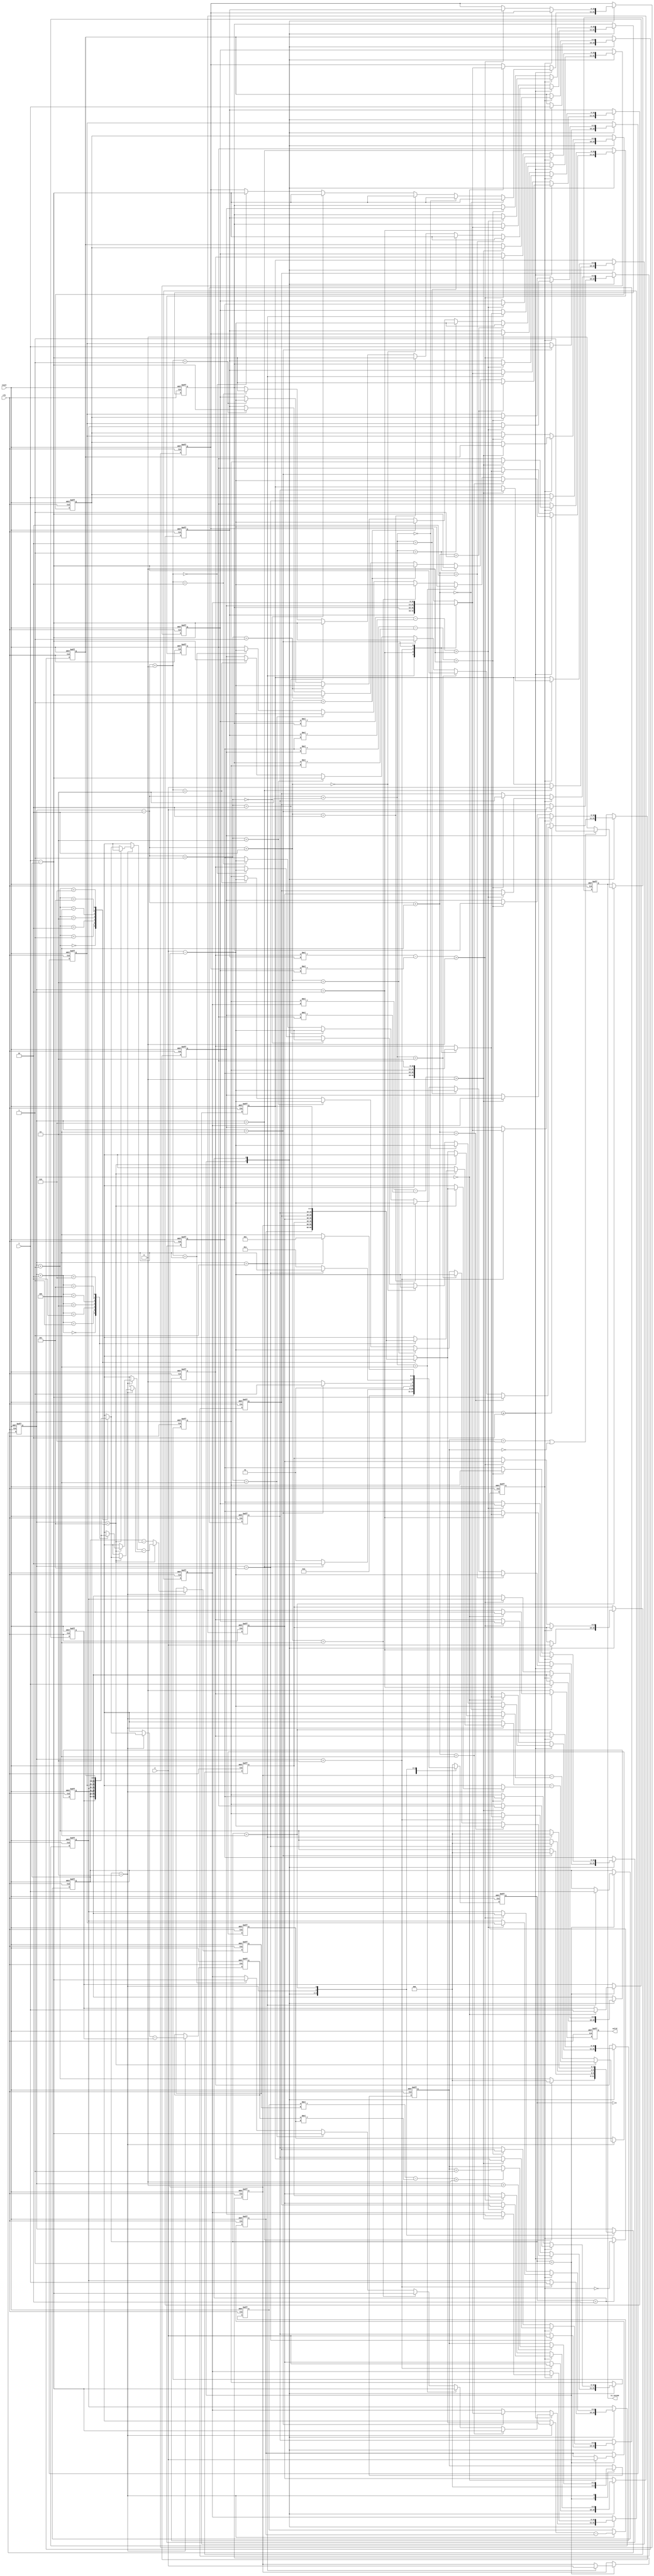
module geofence ( clk,reset,X,Y,valid,is_inside);
input clk;
input reset;
input [9:0] X;
input [9:0] Y;
output reg valid;
output reg is_inside;
//reg valid;
//reg is_inside;

parameter IDLE = 0,R_data = 1,SORT = 2,CMP = 3,OUT = 4;
reg[2:0]state,next_state;
reg[2:0]counter;
reg switch;

always @(posedge clk or posedge reset) begin
	if (reset) begin
		// reset
		counter <= 1'b0;
	end
	else begin
		case(state)
		R_data:begin
			if (counter == 3'd6) begin
				counter <= 1'b0;
			end
			else begin
				counter <= counter + 1;
			end
		end
		SORT:begin
			if(counter == 3'd4)
				counter <= 0;
			else begin
				counter <= counter + 1;
			end
		end
		CMP:begin
			if(counter == 5)
				counter <= 0;
			else
				counter <= counter +1;
		end
		OUT:begin
			if(counter == 1)
				counter <= 0;
			else
				counter <= counter + 1;
		end
	    default:
	    	counter <= counter;
		endcase
	end
end

always @(posedge clk or posedge reset) begin
	if (reset) begin
		// reset
		state <= R_data;
	end
	else begin
		state <= next_state;
	end
end

always @(*) begin
	case(state)
		IDLE:begin
			next_state = R_data;
		end
		R_data:begin
			if(counter == 3'd6 )
				next_state = SORT;
			else
				next_state = R_data;
		end
		SORT:begin
			if(counter == 3'd4)
				next_state = CMP;
			else begin
				next_state = SORT;
			end
		end
		CMP:begin
			if(counter == 5)
				next_state = OUT;
			else
				next_state = CMP;
		end
		OUT:begin
			if(counter == 1)
				next_state = R_data;
			else
				next_state = OUT;
		end
		default:begin
			next_state = IDLE;
		end
	endcase
end

/* read data*/
reg[9:0] x_temp[0:6];
reg[9:0] y_temp[0:6];

/*calculate vector*/
reg signed [10:0] vector_x[0:4];
reg signed [10:0] vector_y[0:4];

integer i;
always @(posedge clk or posedge reset) begin
	if (reset) begin
		// reset
		for(i = 0;i<7;i=i+1)begin
			x_temp[i] <= 1'b0;
		end

		for(i = 0;i<5;i=i+1)begin
			vector_x[i] <= 1'b0;
		end
	end
	else begin
		case(state)
		R_data:begin
			x_temp[counter] <= X;
			if(counter >= 2)begin
				for(i = 0;i<5;i=i+1)begin
					vector_x[counter-2+i] <= X - x_temp[1];
		    	end
			end
			else begin
		    	vector_x[counter] <= vector_x[counter];
			end
		end
		
		SORT:begin
			if(!switch)begin
				for(i=0;i<3;i=i+2)begin
					if ((vector_x[i]*vector_y[i+1] - vector_y[i]*vector_x[i+1]) > 0) begin
						x_temp[i+2] <= x_temp[i+3];
						x_temp[i+3] <= x_temp[i+2];
						vector_x[i] <= vector_x[i+1];
						vector_x[i+1] <= vector_x[i]; 
					end
					else begin
						x_temp[i+2] <= x_temp[i+2];
						x_temp[i+3] <= x_temp[i+3];
						vector_x[i] <= vector_x[i];
						vector_x[i+1] <= vector_x[i+1]; 
					end
				end
			end
			else begin
				for(i=1;i<4;i=i+2)begin
					if ((vector_x[i]*vector_y[i+1] - vector_y[i]*vector_x[i+1]) > 0) begin
						x_temp[i+2] <= x_temp[i+3];
						x_temp[i+3] <= x_temp[i+2];
						vector_x[i] <= vector_x[i+1];
						vector_x[i+1] <= vector_x[i]; 
					end
					else begin
						x_temp[i+2] <= x_temp[i+2];
						x_temp[i+3] <= x_temp[i+3];
						vector_x[i] <= vector_x[i];
						vector_x[i+1] <= vector_x[i+1]; 
					end
				end
			end
		end
		
		default:begin
			for(i = 0;i<7;i=i+1)begin
				x_temp[i] <= x_temp[i];
		    end

		    for(i = 0;i<5;i=i+1)begin
				vector_x[i] <= vector_x[i];
			end
		end
		endcase
	end
end

always @(posedge clk or posedge reset) begin
	if (reset) begin
		// reset
		for(i = 0;i<7;i=i+1)begin
			y_temp[i] <= 0;
		end

		for(i = 0;i<5;i=i+1)begin
			vector_y[i] <= 0;
		end
	end
	else begin
		case(state)
		R_data:begin
			y_temp[counter] <= Y;
			if(counter >= 2)begin
				for(i = 0;i<5;i=i+1)begin
					vector_y[counter-2+i] <= Y - y_temp[1];
		    	end
			end
			else begin
		    	vector_y[counter] <= vector_y[counter];
			end
		end
		SORT:begin
			if(!switch)begin
				for(i=0;i<3;i=i+2)begin
					if ((vector_x[i]*vector_y[i+1] - vector_y[i]*vector_x[i+1]) > 0) begin
						y_temp[i+2] <= y_temp[i+3];
						y_temp[i+3] <= y_temp[i+2];
						vector_y[i] <= vector_y[i+1];
						vector_y[i+1] <= vector_y[i]; 
					end
					else begin
						y_temp[i+2] <= y_temp[i+2];
						y_temp[i+3] <= y_temp[i+3];
						vector_y[i] <= vector_y[i];
						vector_y[i+1] <= vector_y[i+1]; 
					end
				end
			end
			else begin
				for(i=1;i<4;i=i+2)begin
					if ((vector_x[i]*vector_y[i+1] - vector_y[i]*vector_x[i+1]) > 0) begin
						y_temp[i+2] <= y_temp[i+3];
						y_temp[i+3] <= y_temp[i+2];
						vector_y[i] <= vector_y[i+1];
						vector_y[i+1] <= vector_y[i]; 
					end
					else begin
						y_temp[i+2] <= y_temp[i+2];
						y_temp[i+3] <= y_temp[i+3];
						vector_y[i] <= vector_y[i];
						vector_y[i+1] <= vector_y[i+1]; 
					end
				end
			end
		end
		default:begin
			for(i = 0;i<7;i=i+1)begin
				y_temp[i] <= y_temp[i];
		    end
		end
		endcase
	end
end

always @(posedge clk or posedge reset) begin
	if (reset) begin
		// reset
		switch <= 0;
	end
	else begin
		case(state)
		SORT:begin
			switch <= ~switch;
			// if(counter >= 1)
			// 	switch <= ~switch;
			// else begin
			// 	switch <= switch;
			// end
		end
		default:
			switch <= switch;
		endcase
	end
end

reg signed[10:0] cal_x1,cal_x2;
reg signed[10:0] cal_y1,cal_y2;
always @(posedge clk or posedge reset) begin
	if (reset) begin
		// reset
		cal_x1 <= 0;
	end
	else begin
		case(state)
		CMP:begin
			cal_x1 <= x_temp[counter + 1] - x_temp[0];
		end
		default:
			cal_x1 <= cal_x1;
		endcase
	end
end

always @(posedge clk or posedge reset) begin
	if (reset) begin
		// reset
		cal_x2 <= 0;
	end
	else begin
		case(state)
		CMP:begin
			if(counter < 5)
				cal_x2 <= x_temp[counter + 2] - x_temp[counter + 1];
			else
				cal_x2 <= x_temp[1] - x_temp[counter + 1];
		end
		default:
			cal_x2 <= cal_x2;
		endcase
	end
end

always @(posedge clk or posedge reset) begin
	if (reset) begin
		// reset
		cal_y1 <= 0;
	end
	else begin
		case(state)
		CMP:begin
			cal_y1 <= y_temp[counter + 1] - y_temp[0];
		end
		default:
			cal_y1 <= cal_y1;
		endcase
	end
end

always @(posedge clk or posedge reset) begin
	if (reset) begin
		// reset
		cal_y2 <= 0;
	end
	else begin
		case(state)
		CMP:begin
			if(counter < 5)
				cal_y2 <= y_temp[counter + 2] - y_temp[counter + 1];
			else
				cal_y2 <= y_temp[1] - y_temp[counter + 1];
		end
		default:
			cal_y2 <= cal_y2;
		endcase
	end
end

reg[2:0] result_cnt;
always @(posedge clk or posedge reset) begin
	if (reset) begin
		// reset
		result_cnt <= 0;
	end
	else begin
		case(state)
		R_data:begin
			result_cnt <= 0;
		end
		CMP:begin
			if(counter > 0)begin
				if((cal_x1*cal_y2 - cal_y1*cal_x2) > 0)
					result_cnt <= result_cnt + 1;
				else begin
					result_cnt <= result_cnt;
				end
			end
			else begin
				result_cnt <= result_cnt;
			end
		end
		default:
			result_cnt <= result_cnt;
		endcase
	end
end

always @(posedge clk or posedge reset) begin
	if (reset) begin
		// reset
		is_inside <= 0;
	end
	else begin
		case(state)
		OUT:begin
			if((result_cnt == 6) || (result_cnt == 0))
				is_inside <= 1;
			else
				is_inside <= 0;
		end
		default:
			is_inside <= is_inside;
		endcase
	end
end

always @(posedge clk or posedge reset) begin
	if (reset) begin
		// reset
		valid <= 0;
	end
	else begin
		case(state)
		OUT:begin
			if(counter == 0)
				valid <= 1;
			else
				valid <= 0;
		end
		default:
			valid <= 0;
		endcase
	end
end
endmodule